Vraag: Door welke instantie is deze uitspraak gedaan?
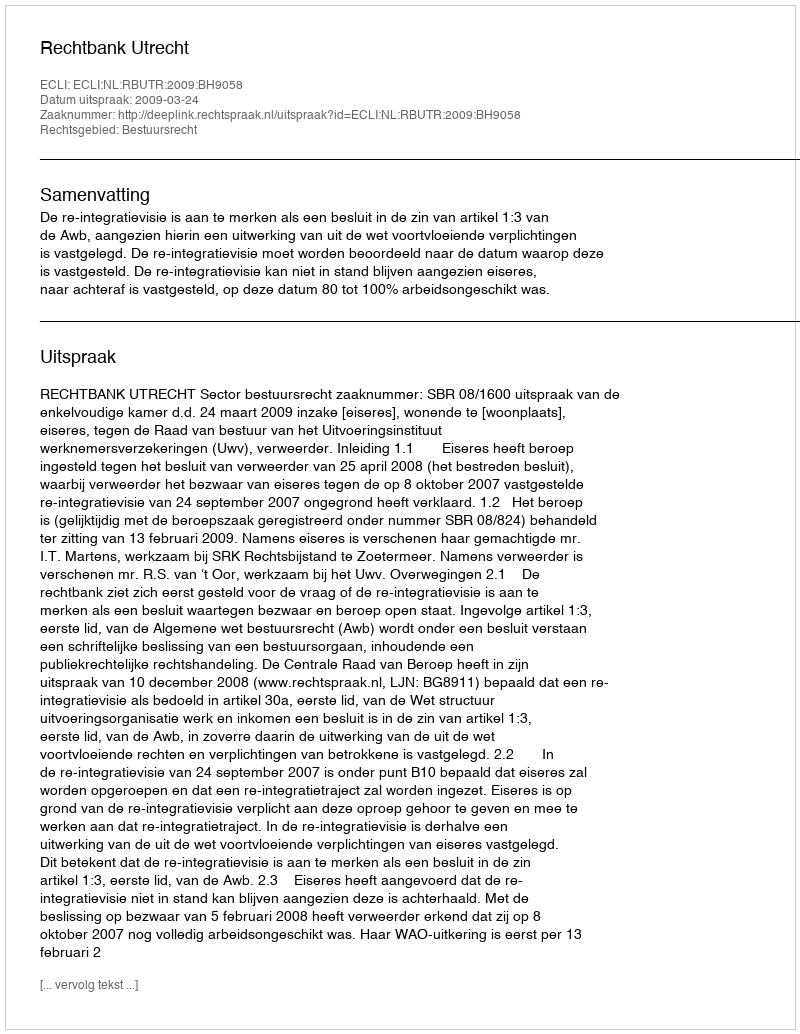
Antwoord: Rechtbank Utrecht